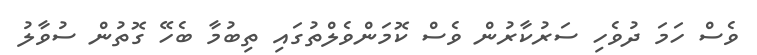
ވެސް ހަމަ ދުވެހި ސަރުކާރުން ވެސް ކޮމަންވެލްތުގައި ތިބުމާ ބެހޭ ގޮތުން ސުވާލު